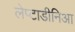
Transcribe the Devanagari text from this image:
लेप्टाडीनिआ